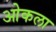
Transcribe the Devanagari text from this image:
ओकला